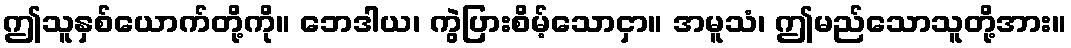
ဤသူနှစ်ယောက်တို့ကို။ ဘေဒါယ၊ ကွဲပြားစိမ့်သောငှာ။ အမူသံ၊ ဤမည်သောသူတို့အား။